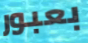
بعبور